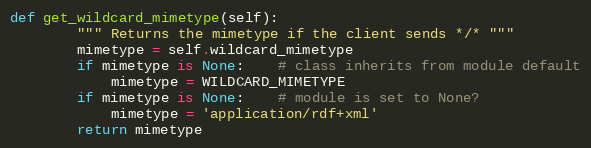
Language: Python
def get_wildcard_mimetype(self):
		""" Returns the mimetype if the client sends */* """
		mimetype = self.wildcard_mimetype
		if mimetype is None:	# class inherits from module default
			mimetype = WILDCARD_MIMETYPE
		if mimetype is None:	# module is set to None?
			mimetype = 'application/rdf+xml'
		return mimetype